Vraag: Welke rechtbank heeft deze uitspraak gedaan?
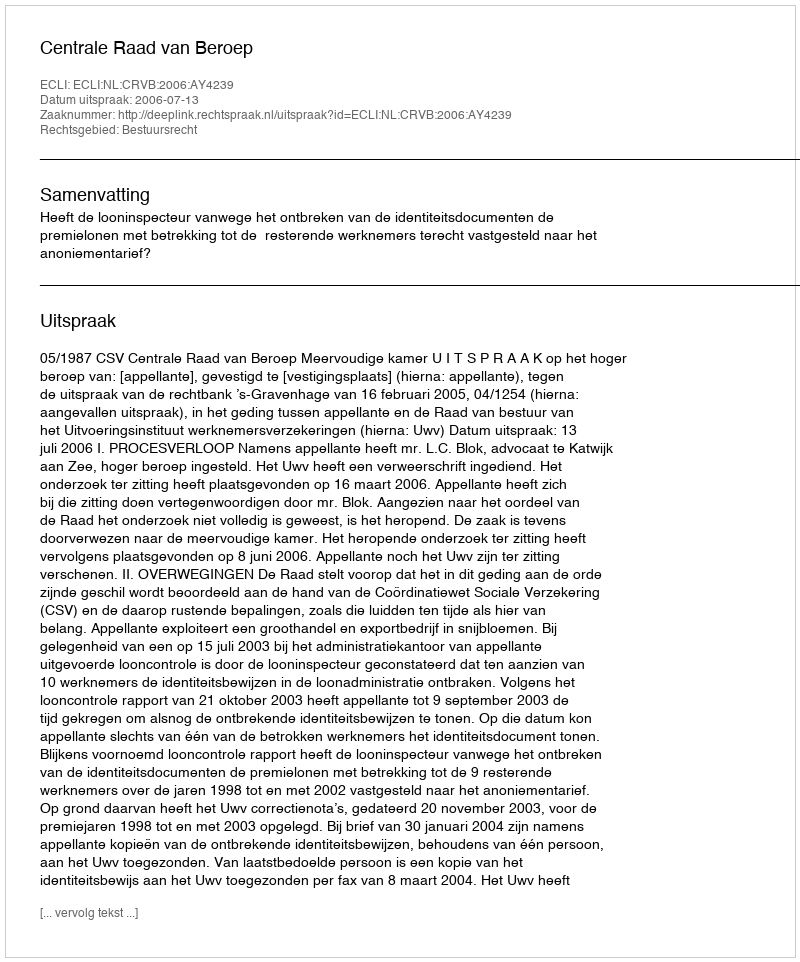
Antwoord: Centrale Raad van Beroep